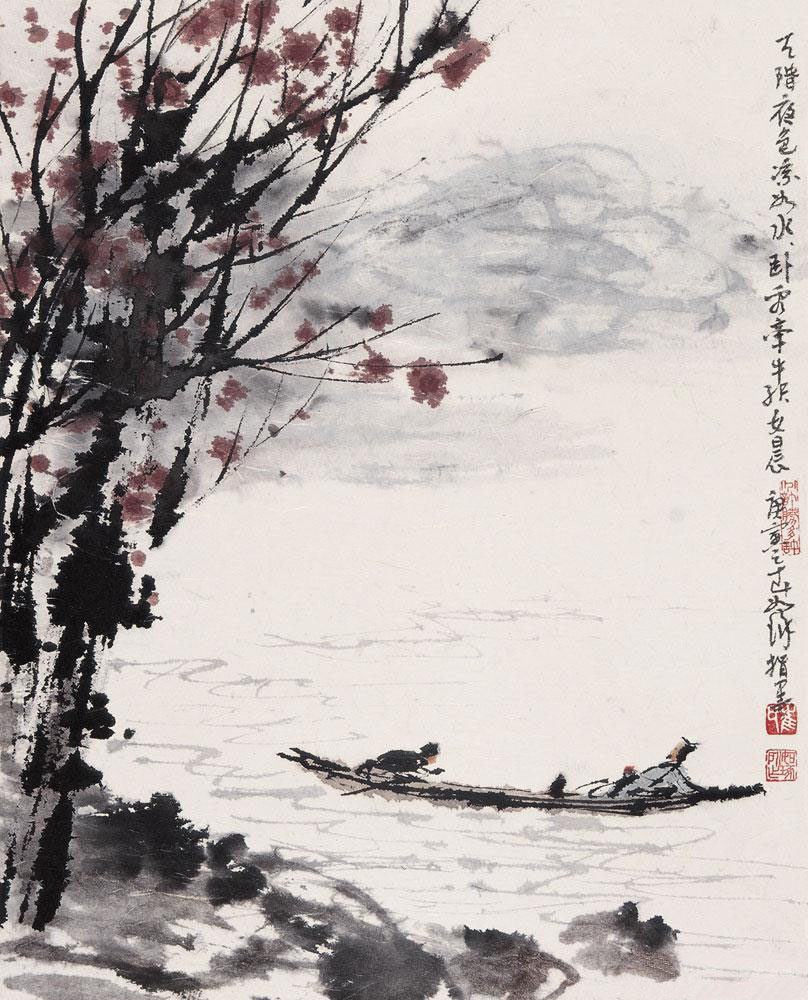
天阶夜色凉如水，卧看牵牛织女星。